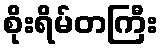
စိုးရိမ်တကြီး